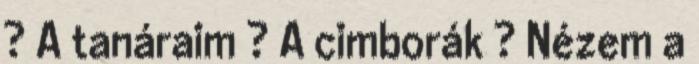
? A tanáraim ? A cimborák ? Nézem a